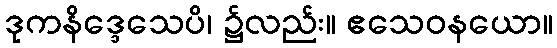
ဒုကနိဒ္ဒေသေပိ၊ ၌လည်း။ ဧသေဝနယော။